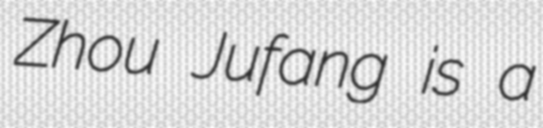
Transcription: Zhou Jufang is a